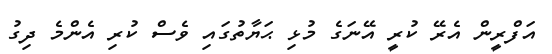
އަފްރީން އެރޭ ކުރީ އޭނަގެ މުޅި ޙަޔާތުގައި ވެސް ކުރި އެންމެ ދިގު